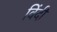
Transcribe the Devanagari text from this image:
विंदी